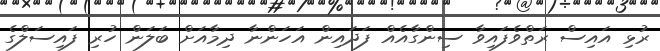
ރުޅި އައިސް ރަތްވެފައިވާ ސިންގާއެއް ފަދައިން އަހަންނާ ދިމާއަށް ބަލަން ހުރި ފައިސަލްގެ